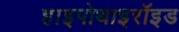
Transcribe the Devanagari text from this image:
हाइपोथाइरॉइड